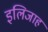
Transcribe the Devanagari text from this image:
इलिजाह